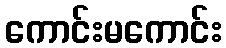
ကောင်းမကောင်း